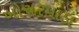
ખોચરપાડા